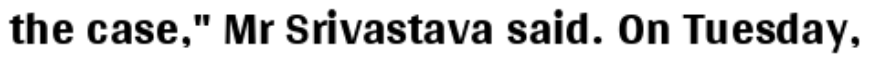
the case," Mr Srivastava said. On Tuesday,